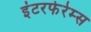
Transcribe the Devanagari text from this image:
इंटरफेरेम्स